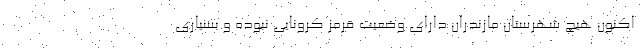
اکنون هیچ شهرستان مازندران دارای وضعیت قرمز کرونایی نبوده و بسیاری